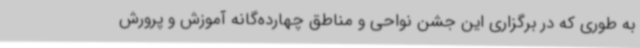
به طوری که در برگزاری این جشن نواحی و مناطق چهارده‌گانه آموزش و پرورش